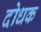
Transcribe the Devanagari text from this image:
दोधक